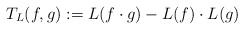
\begin{align*}T_L(f,g):=L(f\cdot g)-L(f)\cdot L(g)\end{align*}